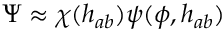
\Psi \approx \chi ( h _ { a b } ) \psi ( \phi , h _ { a b } )